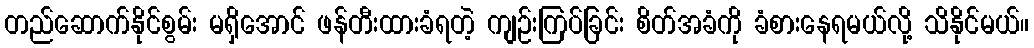
တည်ဆောက်နိုင်စွမ်း မရှိအောင် ဖန်တီးထားခံရတဲ့ ကျဉ်းကြပ်ခြင်း စိတ်အခံကို ခံစားနေရမယ်လို့ သိနိုင်မယ်။